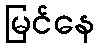
မြင်နေ